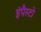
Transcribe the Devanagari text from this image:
इंपैस्टो